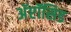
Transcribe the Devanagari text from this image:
अॅप्टॉसिड